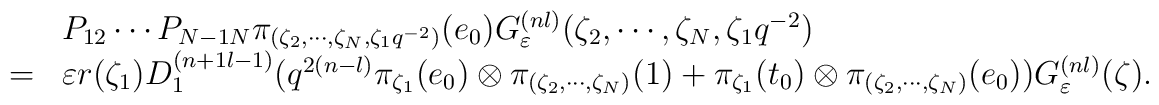
\begin{array}{cl}&P_{12}\cdots P_{N-1 N}\pi_{(\zeta_2, \cdots, \zeta_N, \zeta_1 q^{-2})}(e_0) G_\varepsilon^{(nl)}(\zeta_2, \cdots, \zeta_N, \zeta_1 q^{-2}) \\=&\varepsilon r(\zeta_1)D^{(n+1 l-1)}_1 (q^{2(n-l)}\pi_{\zeta_1}(e_0) \otimes  \pi_{(\zeta_2, \cdots, \zeta_N)}(1)+\pi_{\zeta_1}(t_0) \otimes \pi_{(\zeta_2, \cdots, \zeta_N)}(e_0))G_\varepsilon^{(n l)}(\zeta). \end{array}